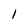
Character: l